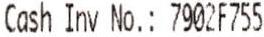
CASH INV NO.: 7902F755